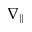
\nabla _ { \| }